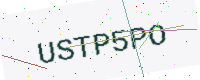
Text: USTP5PO